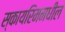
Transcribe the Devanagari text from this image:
स्कायरिममधील